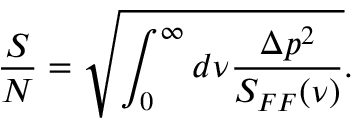
\frac { S } { N } = \sqrt { \int _ { 0 } ^ { \infty } d \nu \frac { \Delta p ^ { 2 } } { S _ { F F } ( \nu ) } } .